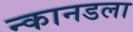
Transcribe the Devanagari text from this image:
न्कानडला